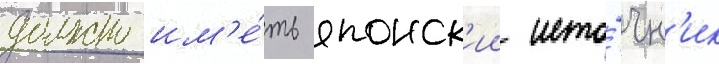
должно им'е́ть японск'ии исто́чн'ик